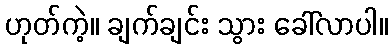
ဟုတ်ကဲ့။ ချက်ချင်း သွား ခေါ်လာပါ။